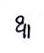
ឩ